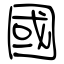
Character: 國